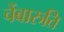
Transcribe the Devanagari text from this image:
चेंबारुति